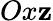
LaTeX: Ox\mathbf{z}